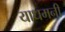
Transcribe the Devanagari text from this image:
याधमनी